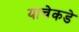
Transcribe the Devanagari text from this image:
याचेकडे